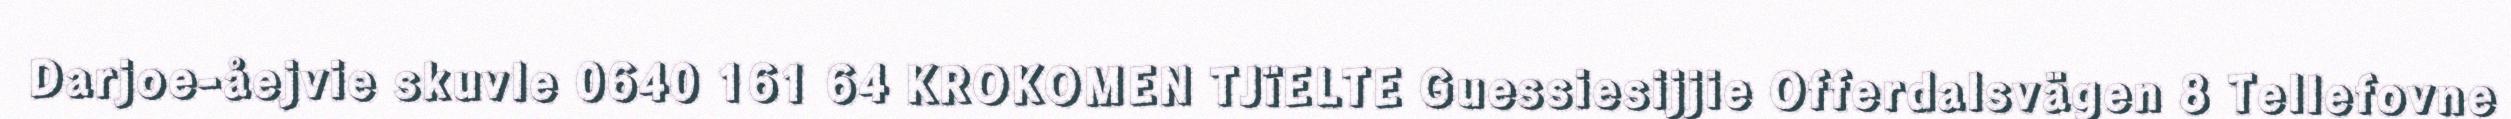
Darjoe-åejvie skuvle 0640 161 64 KROKOMEN TJïELTE Guessiesijjie Offerdalsvägen 8 Tellefovne